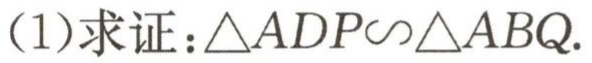
(1)求证：\(\triangle ADP\sim\triangle ABQ\).